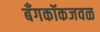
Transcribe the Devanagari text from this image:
बँगकॉकजवळ